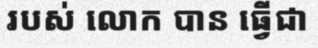
របស់ លោក បាន ធ្វើជា